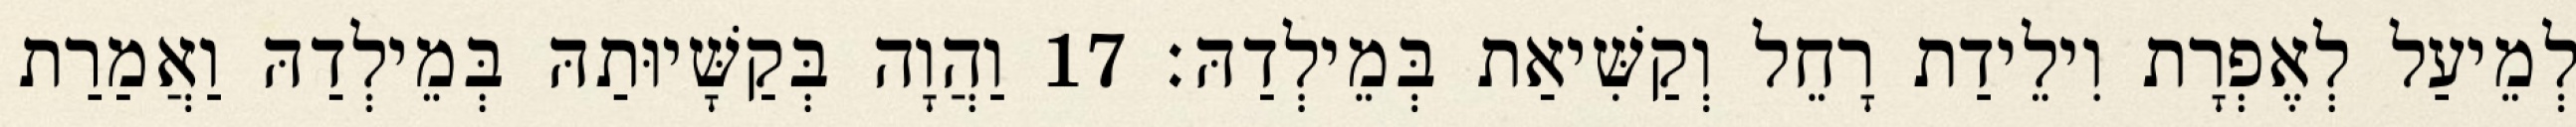
לְמֵיעַל לְאֶפְרָת וִילֵידַת רָחֵל וְקַשִּׁיאַת בְּמֵילְדַהּ׃ 17 וַהֲוָה בְּקַשָּׁיוּתַהּ בְּמֵילְדַהּ וַאֲמַרַת